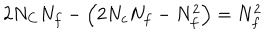
2 N _ { C } N _ { f } - \Big ( 2 N _ { c } N _ { f } - N _ { f } ^ { 2 } \Big ) = N _ { f } ^ { 2 }